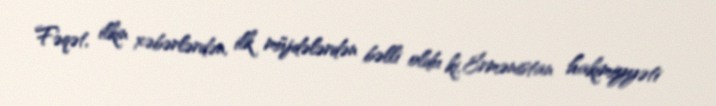
Fəqət, ilkin xəbərlərdən, ilk müjdələrdən bəlli oldu ki, Ermənistan hakimiyyəti